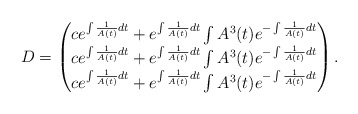
\begin{align*}\begin{array}{ll}D=\begin{pmatrix}c e^{\int \frac{1}{A(t)} dt} + e^{\int \frac{1}{A(t)} dt} \int A^3(t) e^{-\int \frac{1}{A(t)} dt} \\c e^{\int \frac{1}{A(t)} dt} + e^{\int \frac{1}{A(t)} dt} \int A^3(t) e^{-\int \frac{1}{A(t)} dt} \\c e^{\int \frac{1}{A(t)} dt} + e^{\int \frac{1}{A(t)} dt} \int A^3(t) e^{-\int \frac{1}{A(t)} dt}\end{pmatrix}.\end{array}\end{align*}